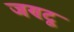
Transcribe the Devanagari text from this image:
जण्टू